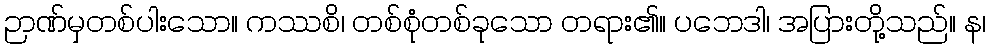
ဉာဏ်မှတစ်ပါးသော။ ကဿစိ၊ တစ်စုံတစ်ခုသော တရား၏။ ပဘေဒါ၊ အပြားတို့သည်။ န၊